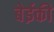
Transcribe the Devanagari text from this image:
बेईकी